Report on vaccination in Madras 1904-1921 - 1904-1921
Year: 1904
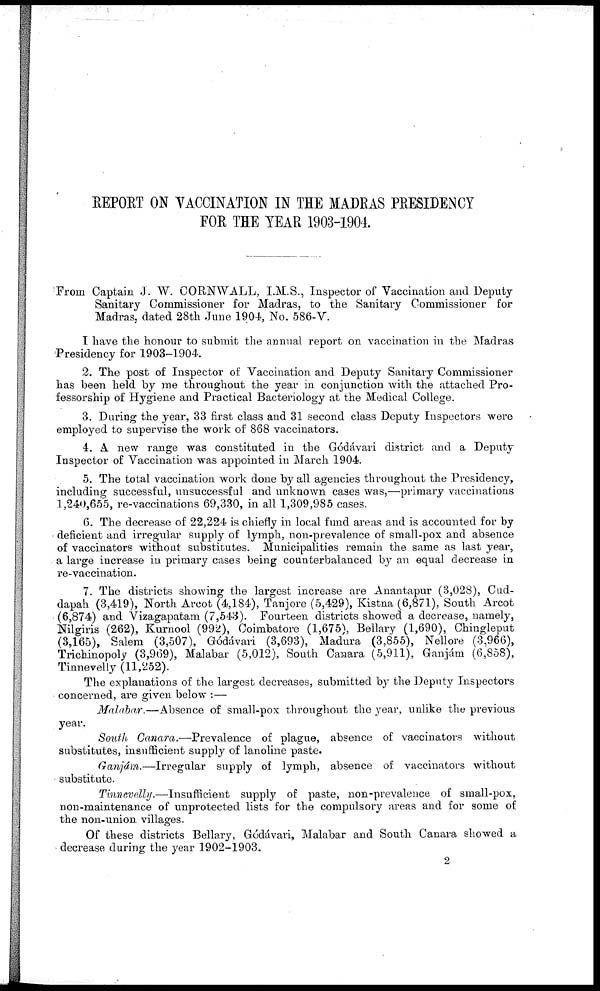
REPORT ON VACCINATION IN THE MADRAS PRESIDENCY
FOR THE YEAR 1903-1904.
From Captain J. W. CORNWALL, I.M.S., Inspector of Vaccination and Deputy
Sanitary Commissioner for Madras, to the Sanitary Commissioner for
Madras, dated 28th June 1904, No. 586-V.
I have the honour to submit the annual report on vaccination in the Madras
Presidency for 1903-1904.
2. The post of Inspector of Vaccination and Deputy Sanitary Commissioner
has been held by me throughout the year in conjunction with the attached Pro-
fessorship of Hygiene and Practical Bacteriology at the Medical College.
3. During the year, 33 first class and 31 second class Deputy Inspectors were
employed to supervise the work of 868 vaccinators.
4. A new range was constituted in the Gódávari district and a Deputy
Inspector of Vaccination was appointed in March 1904.
5. The total vaccination work done by all agencies throughout the Presidency,
including successful, unsuccessful and unknown cases was,—primary vaccinations
1,240,655, re-vaccinations 69,330, in all 1,309,985 cases.
6. The decrease of 22,224 is chiefly in local fund areas and is accounted for by
deficient and irregular supply of lymph, non-prevalence of small-pox and absence
of vaccinators without substitutes. Municipalities remain the same as last year,
a large increase in primary cases being counterbalanced by an equal decrease in
re-vaccination.
7. The districts showing the largest increase are Anantapur (3,028), Cud-
dapah (3,419), North Arcot (4,184), Tanjore (5,429), Kistna (6,871), South Arcot
(6,874) and Vizagapatam (7,543). Fourteen districts showed a decrease, namely,
Nilgiris (262), Kurnool (992), Coimbatore (1,675), Bellary (1,690), Chingleput
(3,165), Salem (3,507), Gódávari (3,693), Madura (3,855), Nellore (3,966),
Trichinopoly (3,969), Malabar (5,012), South Canara (5,911), Ganjám (6,858),
Tinnevelly (11,252).
The explanations of the largest decreases, submitted by the Deputy Inspectors
concerned, are given below :—
Malabar.—Absence of small-pox throughout the year, unlike the previous
year.
South Canara.—Prevalence of plague, absence of vaccinators without
substitutes, insufficient supply of lanoline paste.
Ganjám.—Irregular
supply of lymph, absence of vaccinators without
substitute.
Tinnevelly.—Insufficient supply of paste, non-prevalence of small-pox,
non-maintenance of unprotected lists for the compulsory areas and for some of
the non-union villages.
Of these districts Bellary, Gódávari, Malabar and South Canara showed a
decrease during the year 1902-1903.
2